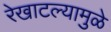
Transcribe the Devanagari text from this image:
रेखाटल्यामुळे